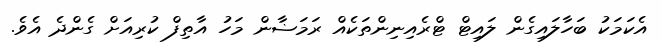
އެކަމަކު ބަހާލައިގެން ލައިޓް ޓްރެއިނިންތަކެއް ރަމަޟާން މަހު އާތިފް ކުރިއަށް ގެންދެ އެވެ.